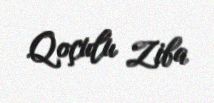
Qoçulu Ziba